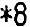
*8